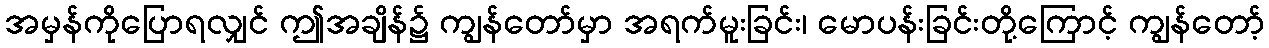
အမှန်ကိုပြောရလျှင် ဤအချိန်၌ ကျွန်တော်မှာ အရက်မူးခြင်း၊ မောပန်းခြင်းတို့ကြောင့် ကျွန်တော့်